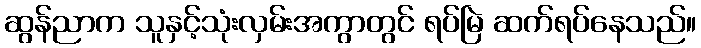
ဆွန်ညာက သူနှင့်သုံးလှမ်းအကွာတွင် ရပ်မြဲ ဆက်ရပ်နေသည်။